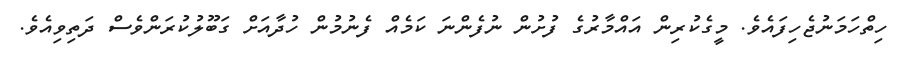
ހިތްހަމަނުޖެހިފައެވެ. މީގެކުރިން އައްމާރުގެ ފުށުން ނުފެންނަ ކަމެއް ފެނުމުން ހުދާއަށް ގަބޫލުކުރަންވެސް ދަތިވިއެވެ.